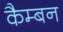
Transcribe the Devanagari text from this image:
कैम्बन